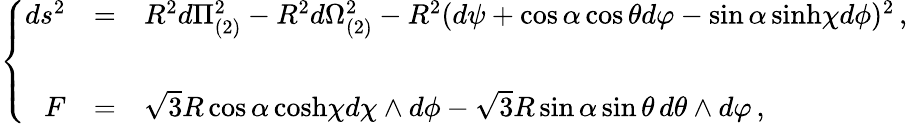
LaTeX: \left\{ \begin{array}{rcl}{{ds^{2}}}&{{=}}&{{R^{2}d\Pi_{(2)}^{2}-R^{2}d\Omega_{(2)}^{2}-R^{2}(d\psi+\cos{\alpha}\cos{\theta}d\varphi-\sin{\alpha}\, \mathrm{sinh}\chi d\phi)^{2}\, ,}}\\ {{}}&{{}}&{{}}\\ {{F}}&{{=}}&{{\sqrt{3}R\cos{\alpha}\, \mathrm{cosh}\chi d\chi\wedge d\phi-\sqrt{3}R\sin{\alpha}\sin{\theta}\, d\theta\wedge d\varphi\, ,}}\end{array}\right.